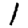
Digit: 1